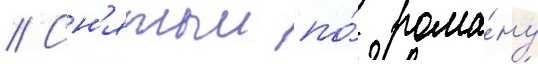
// Сн'ятыи по́ рома́ну